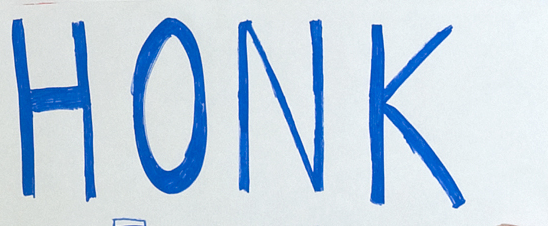
HONK